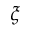
\xi